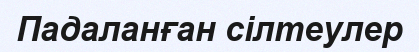
Падаланған сілтеулер